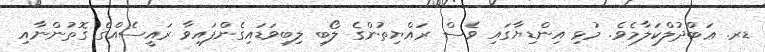
ޑރ. ޢަބްދުލްކަލާމެވެ. މުޅި އިންޑިޔާގައި ވެސް ރައްޔިތުންގެ ލޯބި ލިބިވަޑައިގެންފައިވާ ރައީސެއްގެ ގޮތުންނާއި